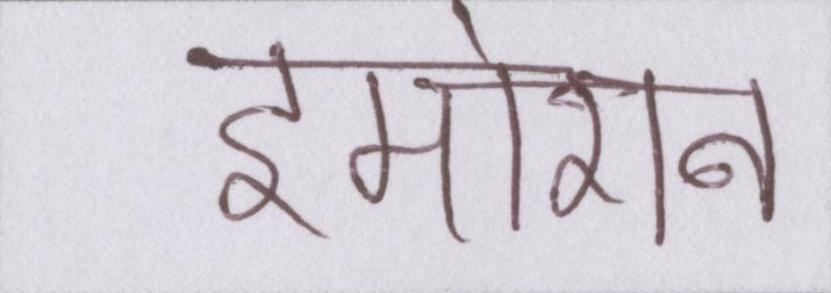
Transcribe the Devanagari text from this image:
इमोशन